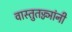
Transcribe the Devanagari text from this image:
वास्तुतज्ज्ञांनी